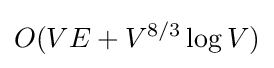
O(VE+V^{8/3}\log V)